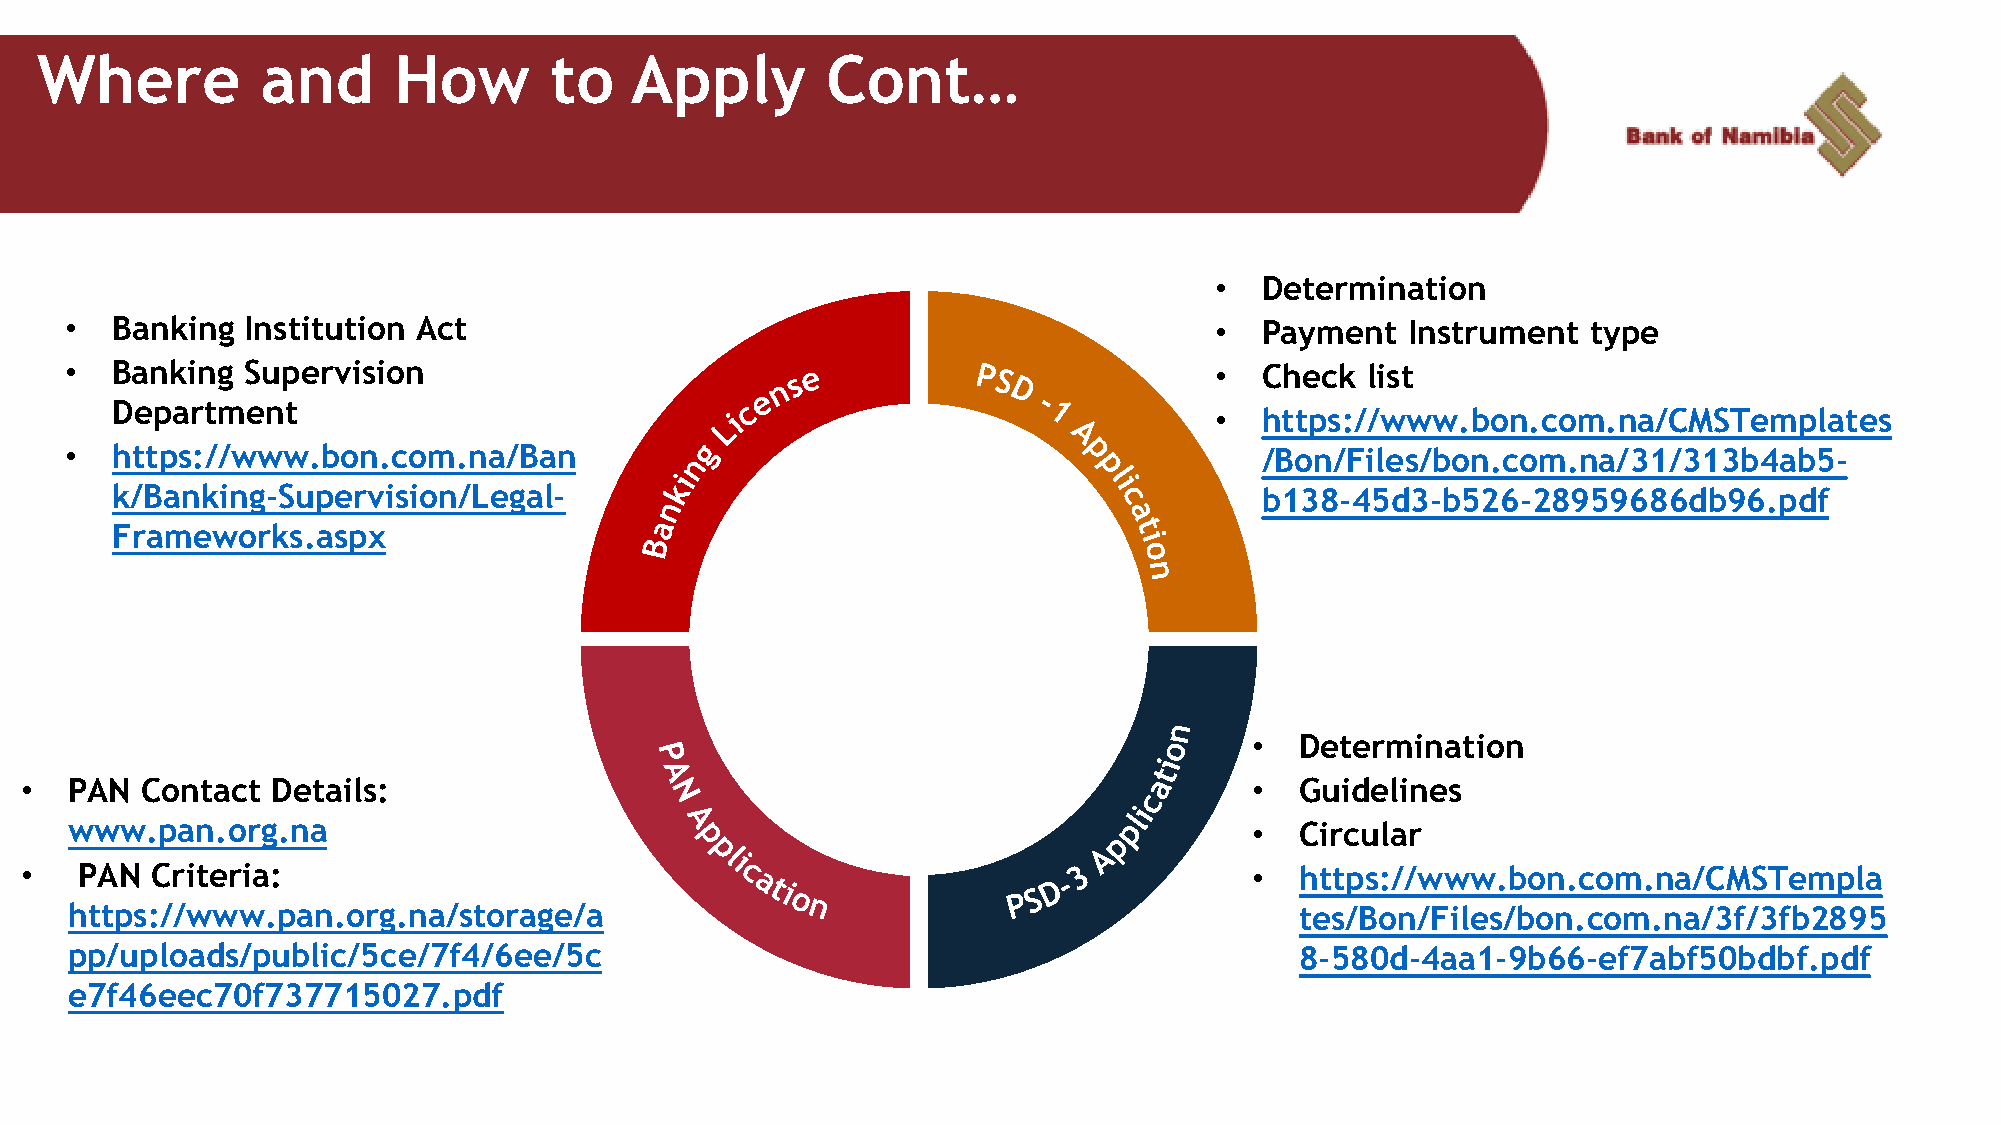
Where          and      How       to    Apply        Cont…
 •  Determination
 •  Banking  Institution Act                                                 •  Payment   Instrument  type
 •  Banking  Supervision                                                     •  Check  list
 Department
 •  https://www.bon.com.na/CMSTemplates
 •  https://www.bon.com.na/Ban                                                  /Bon/Files/bon.com.na/31/313b4ab5-
 k/Banking-Supervision/Legal-                                                b138-45d3-b526-28959686db96.pdf
 Frameworks.aspx
 •  Determination
 •  PAN  Contact  Details:                                                         •  Guidelines
 www.pan.org.na                                                                 •  Circular
 •   PAN  Criteria:                                                                •  https://www.bon.com.na/CMSTempla
 https://www.pan.org.na/storage/a                                                  tes/Bon/Files/bon.com.na/3f/3fb2895
 pp/uploads/public/5ce/7f4/6ee/5c                                                  8-580d-4aa1-9b66-ef7abf50bdbf.pdf
 e7f46eec70f737715027.pdf